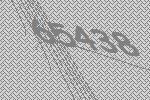
65438